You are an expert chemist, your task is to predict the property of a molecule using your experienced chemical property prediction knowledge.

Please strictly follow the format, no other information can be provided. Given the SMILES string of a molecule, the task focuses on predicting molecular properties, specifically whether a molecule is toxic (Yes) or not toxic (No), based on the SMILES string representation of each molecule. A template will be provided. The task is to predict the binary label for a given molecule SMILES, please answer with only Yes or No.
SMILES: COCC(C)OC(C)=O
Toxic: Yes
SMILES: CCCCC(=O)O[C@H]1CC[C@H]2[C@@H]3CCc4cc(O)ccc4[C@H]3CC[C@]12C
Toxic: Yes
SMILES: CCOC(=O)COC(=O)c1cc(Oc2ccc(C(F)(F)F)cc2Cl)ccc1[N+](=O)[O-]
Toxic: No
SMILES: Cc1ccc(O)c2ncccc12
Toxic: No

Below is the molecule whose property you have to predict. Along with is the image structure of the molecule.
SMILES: CC(O)CN1CCN(CC(=O)[O-])CCN(CC(=O)[O-])CCN(CC(=O)[O-])CC1.[Gd+3]
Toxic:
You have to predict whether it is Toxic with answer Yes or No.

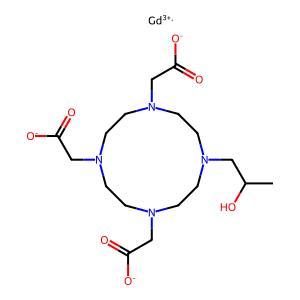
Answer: No